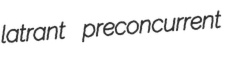
latrant preconcurrent